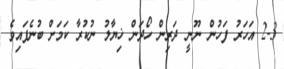
2-3 އަހަރު ފަހުން ނޫނީ ދަރިން ހޯދަން ޚިޔާލު ނުކުރާ ކަމަށް ބުނެފައިވެ